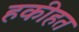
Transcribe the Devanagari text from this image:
हकीहत